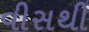
વીસથી